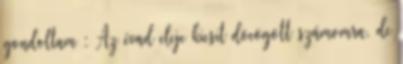
gondoltam : Az évad eleje kicsit döcögött számomra, de